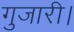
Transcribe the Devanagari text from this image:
गुजारी।